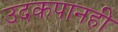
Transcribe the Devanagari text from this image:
उदकपानही